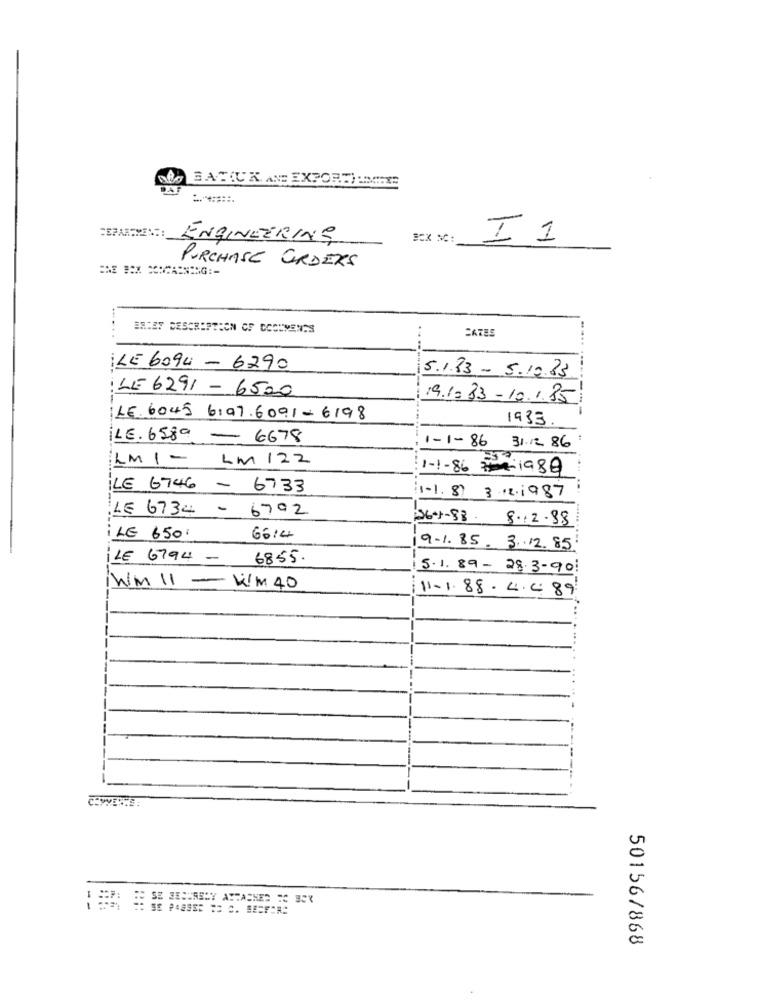
ENGINEERING
I1
PURCHASE ORDERS
BRIEF DESCRIPTION OF DOCUMENTS
CATES
ILE 6094 - 6290
5.1.33 - 5.10.83
LE 6291 - 6500
19.1.33-10.1.35
LE. 6045 6197.6091-6198
1933
iLE. 6589 - 6678
1-1-86 31.12 86
LM 1 - LM 122
1-1-86 19 89
LE 6746 - 6733
(1-1.8) 3.12.1987
LE 6734 - 6792
26-1-88. 8.12.88
¡LE 650:
6614
9.1.85. 3.12.85:
ILE 6794 -
6855
5.1.89- 28.3-90!
Wm 11- WM 40
11.1. 88 . 4.4. 89
50156/868